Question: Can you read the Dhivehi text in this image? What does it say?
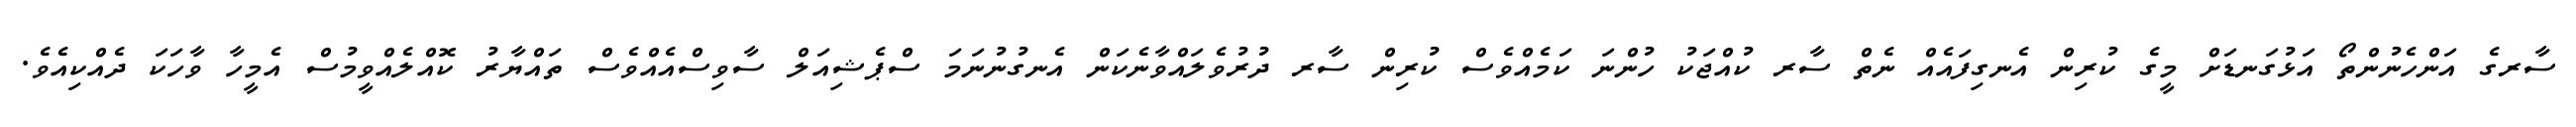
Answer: ސާރގެ އަންހެނުންތޯ އަޅުގަނޑަށް މީގެ ކުރިން އެނގިފައެއް ނެތް ސާރ ކުއްޖަކު ހުންނަ ކަމެއްވެސް ކުރިން ސާރ ދުރުވެލައްވާނެކަން އެނގުނުނަމަ ސްޕެޝިއަލް ސާވިސްއެއްވެސް ތައްޔާރު ކޮއްލެއްވީމުސް އެމީހާ ވާހަކަ ދެއްކިއެވެ.